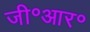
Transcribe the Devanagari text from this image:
जी॰आर॰